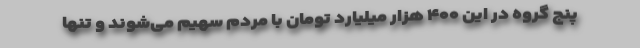
پنج گروه در این ۴۰۰ هزار میلیارد تومان با مردم سهیم می‌شوند و تنها